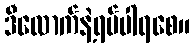
ဒီလောက်နဲ့ရပ်ပါရစေ။